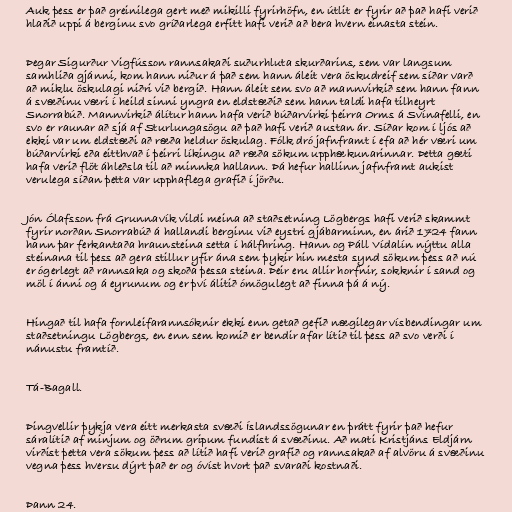
Auk þess er það greinilega gert með mikilli fyrirhöfn, en útlit er fyrir að það hafi verið
hlaðið uppi á berginu svo gríðarlega erfitt hafi verið að bera hvern einasta stein.

Þegar Sigurður Vigfússon rannsakaði suðurhluta skurðarins, sem var langsum
samhliða gjánni, kom hann niður á það sem hann áleit vera öskudreif sem síðar varð
að miklu öskulagi niðri við bergið. Hann áleit sem svo að mannvirkið sem hann fann
á svæðinu væri í heild sinni yngra en eldstæðið sem hann taldi hafa tilheyrt
Snorrabúð. Mannvirkið álítur hann hafa verið búðarvirki þeirra Orms á Svínafelli, en
svo er raunar að sjá af Sturlungasögu að það hafi verið austan ár. Síðar kom í ljós að
ekki var um eldstæði að ræða heldur öskulag. Fólk dró jafnframt í efa að hér væri um
búðarvirki eða eitthvað í þeirri líkingu að ræða sökum upphækunarinnar. Þetta gæti
hafa verið flöt áhleðsla til að minnka hallann. Þá hefur hallinn jafnframt aukist
verulega síðan þetta var upphaflega grafið í jörðu.

Jón Ólafsson frá Grunnavík vildi meina að staðsetning Lögbergs hafi verið skammt
fyrir norðan Snorrabúð á hallandi berginu við eystri gjábarminn, en árið 1724 fann
hann þar ferkantaða hraunsteina setta í hálfhring. Hann og Páll Vídalín nýttu alla
steinana til þess að gera stillur yfir ána sem þykir hin mesta synd sökum þess að nú
er ógerlegt að rannsaka og skoða þessa steina. Þeir eru allir horfnir, sokknir í sand og
möl í ánni og á eyrunum og er því álitið ómögulegt að finna þá á ný.

Hingað til hafa fornleifarannsóknir ekki enn getað gefið nægilegar vísbendingar um
staðsetningu Lögbergs, en enn sem komið er bendir afar lítið til þess að svo verði í
nánustu framtíð.

Tá-Bagall.

Þingvellir þykja vera eitt merkasta svæði Íslandssögunar en þrátt fyrir það hefur
sáralítið af minjum og öðrum gripum fundist á svæðinu. Að mati Kristjáns Eldjárn
virðist þetta vera sökum þess að lítið hafi verið grafið og rannsakað af alvöru á svæðinu
vegna þess hversu dýrt það er og óvíst hvort það svaraði kostnaði.

Þann 24.